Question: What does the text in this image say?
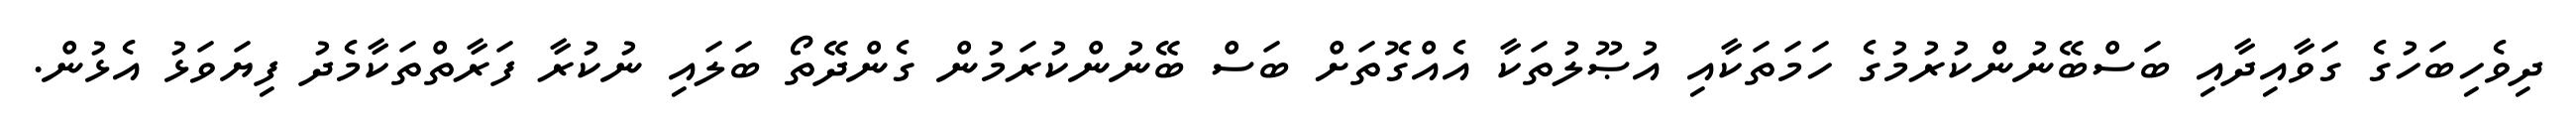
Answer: ދިވެހިބަހުގެ ގަވާއިދާއި ބަސްބޭނުންކުރުމުގެ ހަމަތަކާއި އުޞޫލުތަކާ އެއްގޮތަށް ބަސް ބޭނުންކުރަމުން ގެންދޭތޯ ބަލައި ނުކުރާ ފަރާތްތަކާމެދު ފިޔަވަޅު އެޅުން.